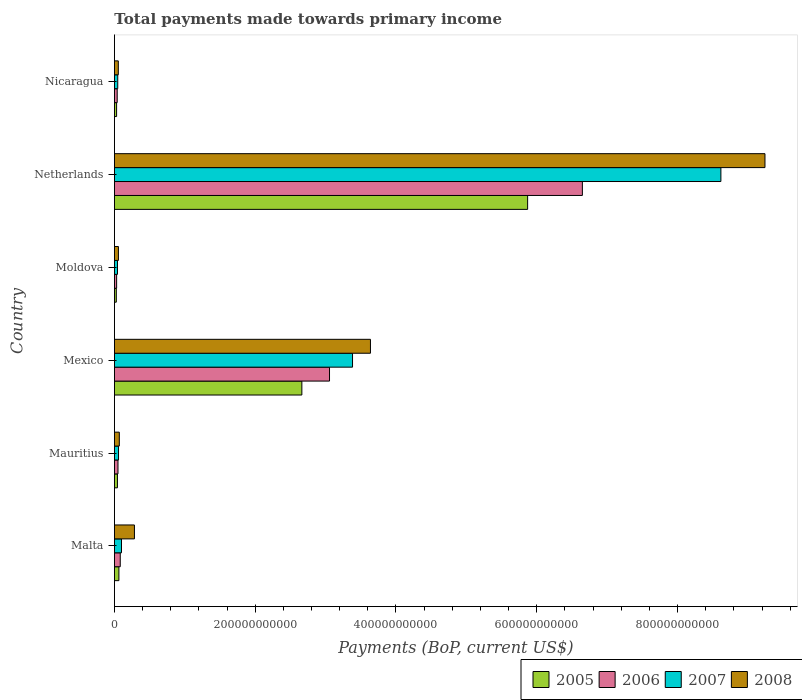
| Country | 2005 | 2006 | 2007 | 2008 |
 | --- | --- | --- | --- | --- |
 | Malta | 6.37e+09 | 8.26e+09 | 1e+10 | 2.84e+10 |
 | Mauritius | 4.28e+09 | 5.05e+09 | 5.82e+09 | 6.95e+09 |
 | Mexico | 2.66e+11 | 3.06e+11 | 3.38e+11 | 3.64e+11 |
 | Moldova | 2.67e+09 | 3.13e+09 | 4.36e+09 | 5.67e+09 |
 | Netherlands | 5.87e+11 | 6.65e+11 | 8.62e+11 | 9.24e+11 |
 | Nicaragua | 3.07e+09 | 3.94e+09 | 4.71e+09 | 5.52e+09 |